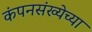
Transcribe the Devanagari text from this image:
कंपनसंख्येच्या